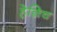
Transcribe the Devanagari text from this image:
हेन्रिच